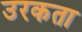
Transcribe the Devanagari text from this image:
उरकता